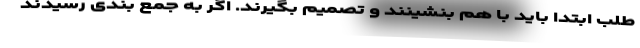
طلب ابتدا باید با هم بنشینند و تصمیم بگیرند. اگر به جمع بندی رسیدند